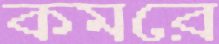
কমরে